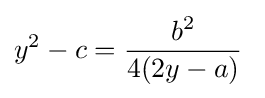
y^{2}-c={\frac {b^{2}}{4(2y-a)}}\